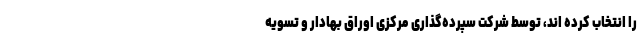
را انتخاب کرده اند، توسط شرکت سپرده‌گذاری مرکزی اوراق بهادار و تسویه